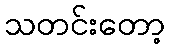
သတင်းတော့